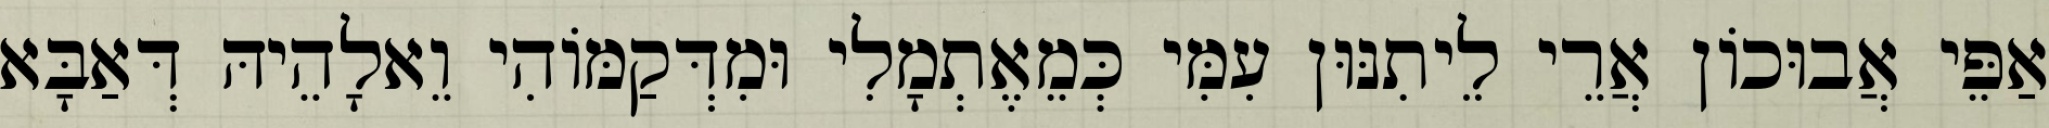
אַפֵּי אֲבוּכוֹן אֲרֵי לֵיתִנּוּן עִמִּי כְּמֵאֶתְמָלִי וּמִדְּקַמּוֹהִי וֵאלָהֵיהּ דְּאַבָּא